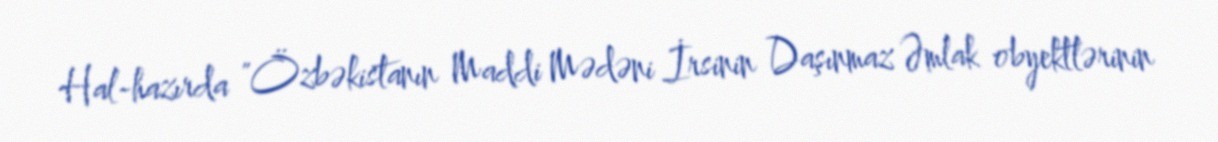
Hal-hazırda "Özbəkistanın Maddi Mədəni İrsinin Daşınmaz Əmlak obyektlərinin